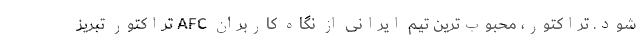
شود. تراکتور، محبوب‌ترین تیم ایرانی از نگاه کاربران AFC تراکتور تبریز